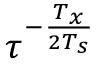
\tau ^ { - \frac { T _ { x } } { 2 T _ { s } } }